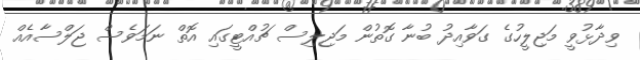
ވިދާޅުވީ މަޖިލީހުގެ ގަވާއިދު ބުނާ ގޮތުން މަޖިލިސް ޗުއްޓީގައި އޮތް ނަމަވެސް ޖަލްސާއެއް